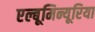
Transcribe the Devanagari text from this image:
एल्बूमिन्यूरिया